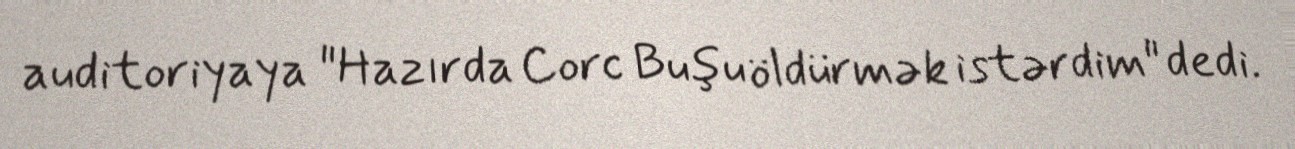
auditoriyaya "Hazırda Corc Buşu öldürmək istərdim" dedi.